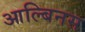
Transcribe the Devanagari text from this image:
आल्बिनस